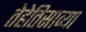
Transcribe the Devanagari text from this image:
तेहेतिसाव्या